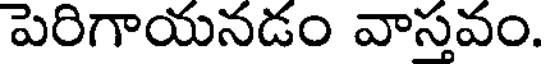
పెరిగాయనడం వాస్తవం.